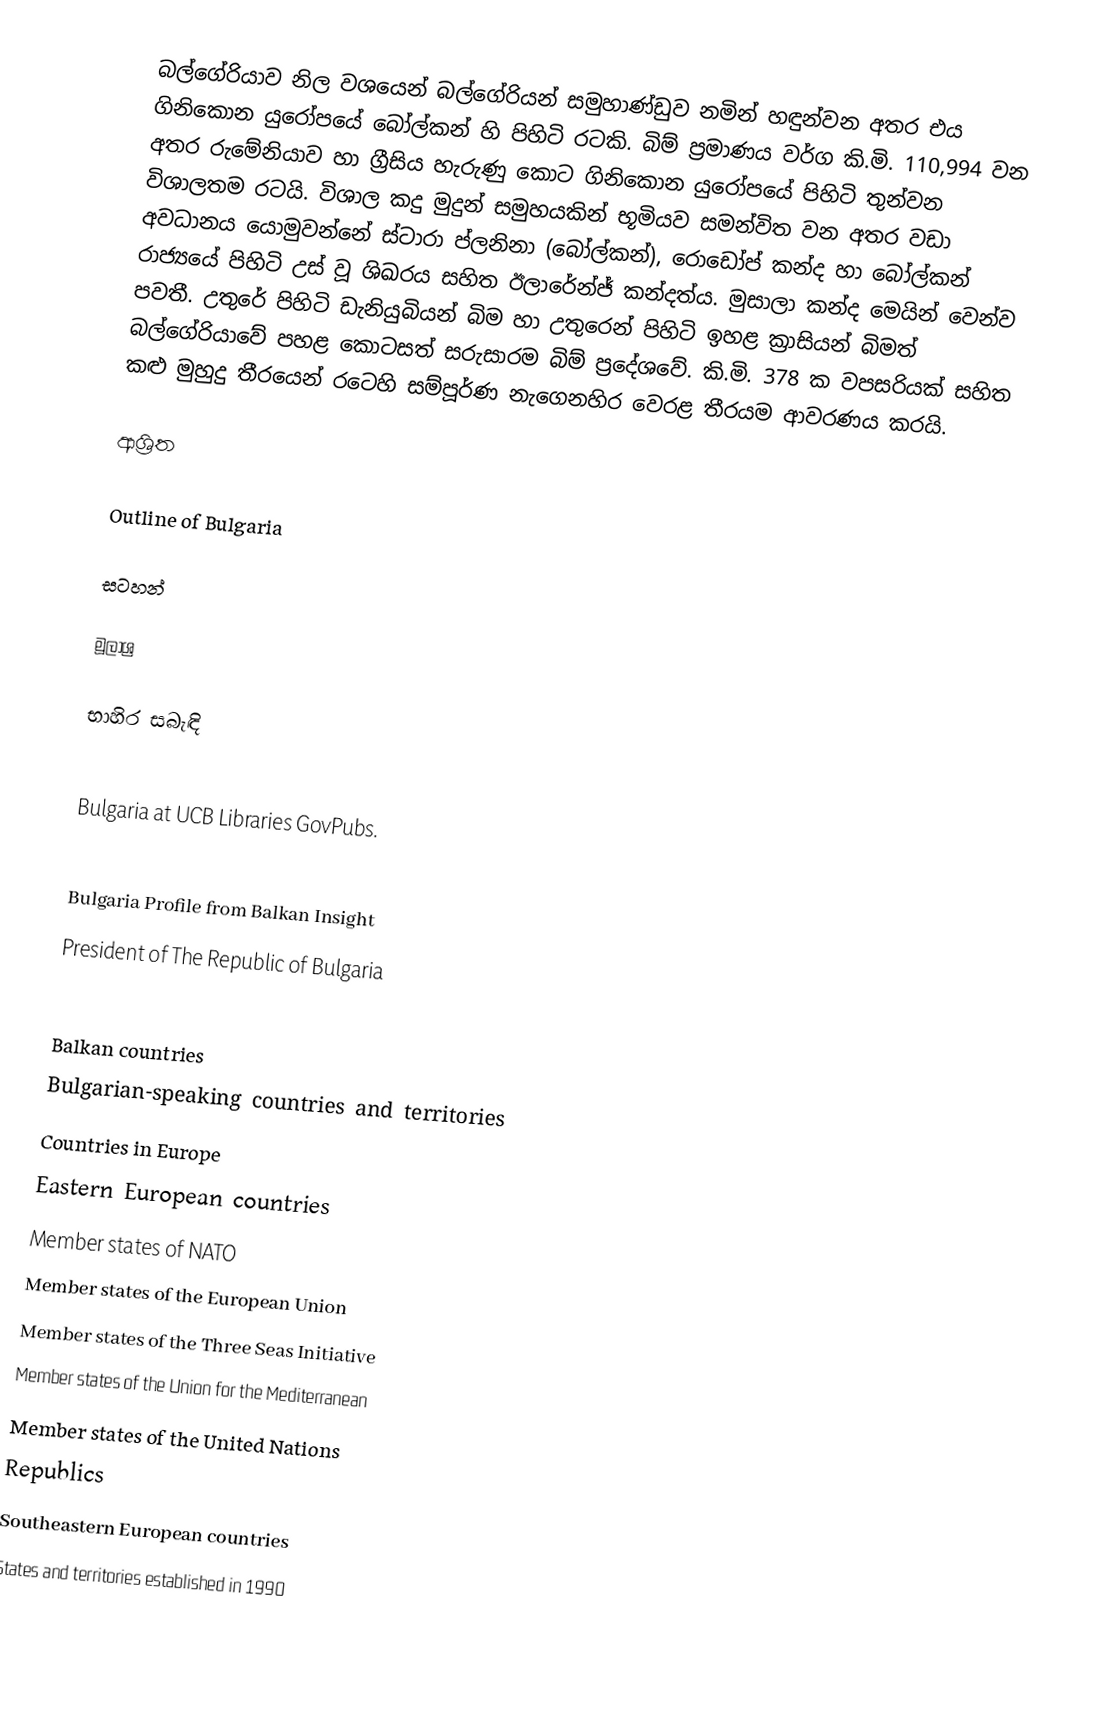
බල්ගේරියාව  නිල වශයෙන් බල්ගේරියන් සමුහාණ්ඩුව නමින් හඳුන්වන අතර එය ගිනිකොන යුරෝපයේ බෝල්කන් හි පිහිටි රටකි. බිම් ප්‍රමාණය වර්ග කි.මි. 110,994 වන අතර රුමේනියාව හා ග්‍රීසිය හැරුණු කොට ගිනිකොන යුරෝපයේ පිහිටි තුන්වන විශාලතම රටයි. විශාල කදු මුදුන් සමුහයකින් භූමියව සමන්විත වන අතර වඩා අවධානය යොමුවන්නේ ස්ටාරා ප්ලනිනා (බෝල්කන්), රොඩෝප් කන්ද හා බෝල්කන් රාජ්‍යයේ පිහිටි උස් වූ ශිඛරය සහිත ඊලාරේන්ජ් කන්දත්ය. මුසාලා කන්ද මෙයින් වෙන්ව පවතී. උතුරේ පිහිටි ඩැනියුබියන් බිම හා උතුරෙන් පිහිටි ඉහළ ක්‍රාසියන් බිමත් බල්ගේරියාවේ පහළ කොටසත් සරුසාරම බිම් ප්‍රදේශවේ. කි.මි. 378 ක වපසරියක් සහිත කළු මුහුදු තීරයෙන් රටෙහි සම්පූර්ණ නැගෙනහිර වෙරළ තීරයම ආවරණය කරයි.

ආශ්‍රිත

Outline of Bulgaria

සටහන්

මූලාශ්‍ර

භාහිර සබැඳි

 Bulgaria at UCB Libraries GovPubs.

 Bulgaria Profile from Balkan Insight
 President of The Republic of Bulgaria

Balkan countries
Bulgarian-speaking countries and territories
Countries in Europe
Eastern European countries
Member states of NATO
Member states of the European Union
Member states of the Three Seas Initiative
Member states of the Union for the Mediterranean
Member states of the United Nations
Republics
Southeastern European countries
States and territories established in 1990